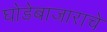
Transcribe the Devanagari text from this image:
घोडेबाजाराचे